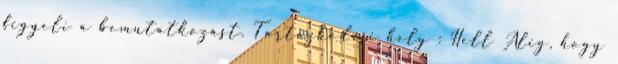
figyeli a bemutatkozást. Tartózkodási hely : Hell Alig, hogy